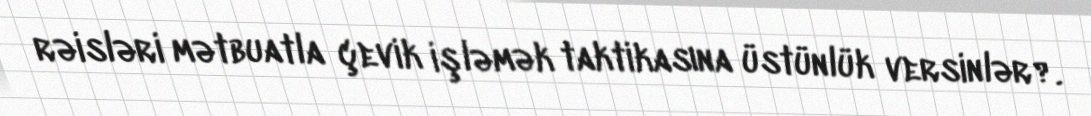
rəisləri mətbuatla çevik işləmək taktikasına üstünlük versinlər?.